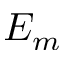
E _ { m }